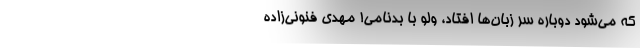
که می‌شود دوباره سر زبان‌ها افتاد، ولو با بدنامی! مهدی فنونی‌زاده